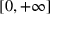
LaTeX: [ 0 , + \infty ]